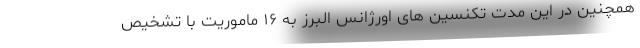
همچنین در این مدت تکنسین های اورژانس البرز به ۱۶ ماموریت با تشخیص